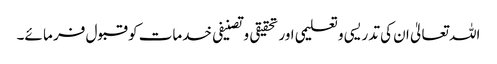
اللہ تعالیٰ ان کی تدریسی وتعلیمی اور تحقیقی وتصنیفی خدمات کو قبول فر ما ئے۔